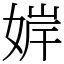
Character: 婩